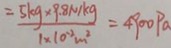
= \frac { 5 k g \times 9 . 8 N / k g } { 1 \times 1 0 ^ { - 2 } k m ^ { 2 } } = 4 9 0 0 P a